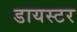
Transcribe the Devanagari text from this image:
डायस्टर